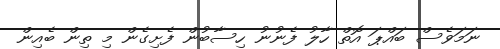
ނަމަވެސް ބައްޕަ އޮތް ހާލު ފެނުނު ހިސާބުން ފެށިގެން މި ތިން ބެއިން